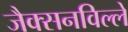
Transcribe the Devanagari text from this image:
जैक्सनविल्ले